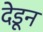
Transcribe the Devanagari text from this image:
देडून